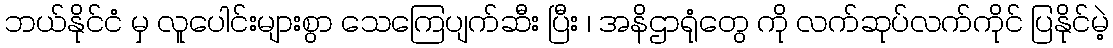
ဘယ်နိုင်ငံ မှ လူပေါင်းများစွာ သေကြေပျက်ဆီး ပြီး ၊ အနိဌာရုံတွေ ကို လက်ဆုပ်လက်ကိုင် ပြနိုင်မဲ့